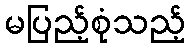
မပြည့်စုံသည့်